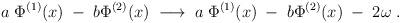
LaTeX: \begin{align*}a \; \Phi^{(1)}(x) \; - \; b \Phi^{(2)}(x) \; \longrightarrow \; a \; \Phi^{(1)}(x) \; - \; b \Phi^{(2)}(x) \; - \; 2 \omega \; .\end{align*}